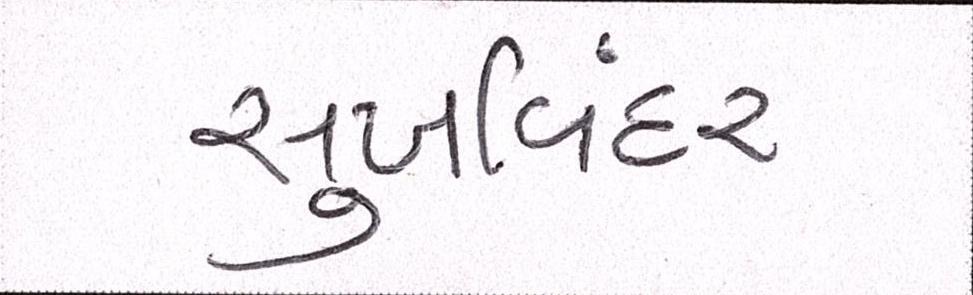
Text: સુખવિંદર